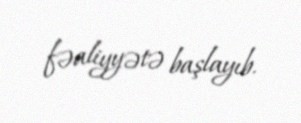
fəaliyyətə başlayıb.